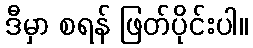
ဒီမှာ စရန် ဖြတ်ပိုင်းပါ။